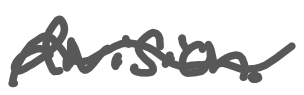
Text: division.
Cross-out: wave
Writing tool: digital_gray